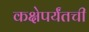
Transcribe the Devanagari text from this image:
कक्षेपर्यंतची